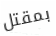
بمقتل